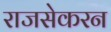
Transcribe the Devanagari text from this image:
राजसेकरन